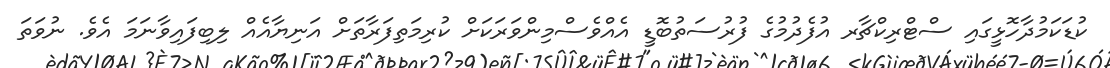
ކުޑަކަމުދާހޮޅީގައި ސްޓްރިކްޗާރ އުފެދުމުގެ ފުރުސަތުބޮޑީ އެއްވެސްމިންވަރަކަށް ކުރިމަތިފަރާތަށް އަނިޔާއެއް ލިބިފައިވާނަމަ އެވެ. ނުވަތަ